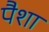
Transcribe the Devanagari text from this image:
पैशा